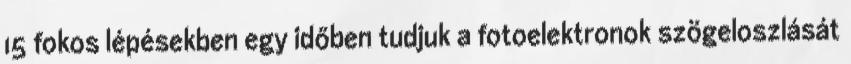
15 fokos lépésekben egy időben tudjuk a fotoelektronok szögeloszlását